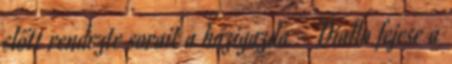
előtt rendezte sorait a házigazda - Diallo fejese a